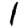
Digit: 1